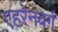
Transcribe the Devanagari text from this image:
एहरेनबर्ग